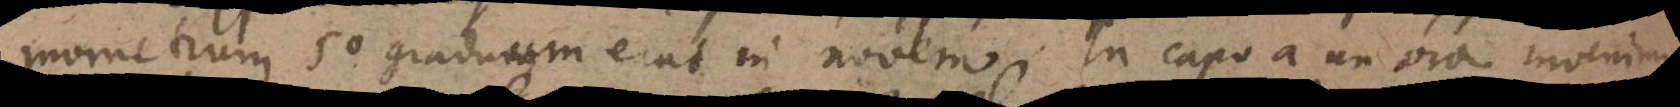
mometrum 50 graduum erat in novem. In capo a un ora invenimus